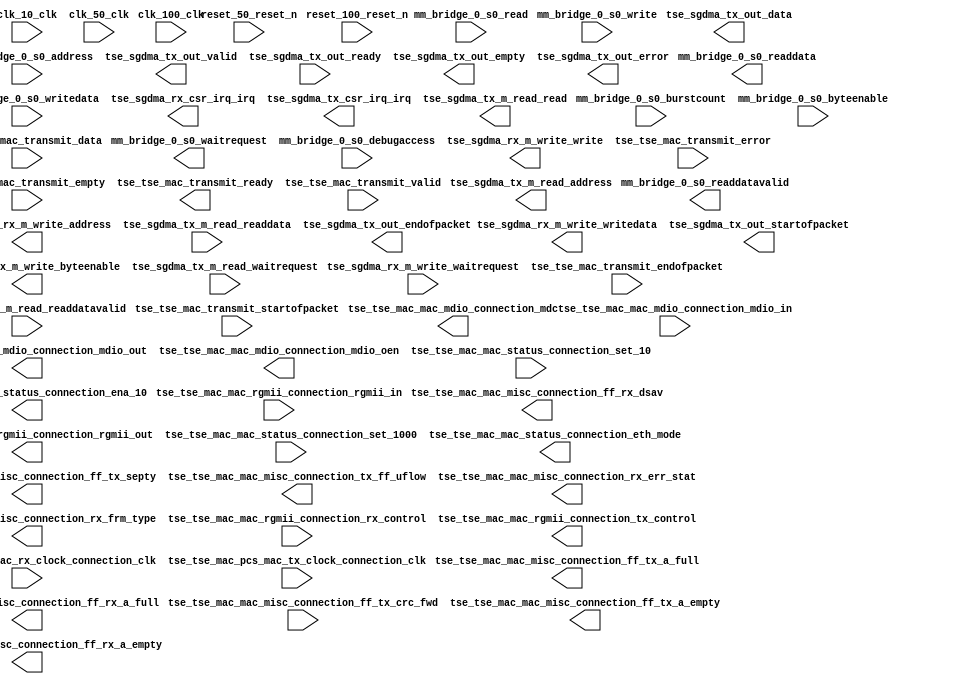

module tse_w_sfp_4ic_small_1g_rgmii (
	clk_10_clk,
	clk_100_clk,
	clk_50_clk,
	mm_bridge_0_s0_waitrequest,
	mm_bridge_0_s0_readdata,
	mm_bridge_0_s0_readdatavalid,
	mm_bridge_0_s0_burstcount,
	mm_bridge_0_s0_writedata,
	mm_bridge_0_s0_address,
	mm_bridge_0_s0_write,
	mm_bridge_0_s0_read,
	mm_bridge_0_s0_byteenable,
	mm_bridge_0_s0_debugaccess,
	reset_100_reset_n,
	reset_50_reset_n,
	tse_sgdma_rx_csr_irq_irq,
	tse_sgdma_rx_m_write_waitrequest,
	tse_sgdma_rx_m_write_address,
	tse_sgdma_rx_m_write_write,
	tse_sgdma_rx_m_write_writedata,
	tse_sgdma_rx_m_write_byteenable,
	tse_sgdma_tx_csr_irq_irq,
	tse_sgdma_tx_m_read_readdata,
	tse_sgdma_tx_m_read_readdatavalid,
	tse_sgdma_tx_m_read_waitrequest,
	tse_sgdma_tx_m_read_address,
	tse_sgdma_tx_m_read_read,
	tse_sgdma_tx_out_data,
	tse_sgdma_tx_out_valid,
	tse_sgdma_tx_out_ready,
	tse_sgdma_tx_out_endofpacket,
	tse_sgdma_tx_out_startofpacket,
	tse_sgdma_tx_out_empty,
	tse_sgdma_tx_out_error,
	tse_tse_mac_mac_mdio_connection_mdc,
	tse_tse_mac_mac_mdio_connection_mdio_in,
	tse_tse_mac_mac_mdio_connection_mdio_out,
	tse_tse_mac_mac_mdio_connection_mdio_oen,
	tse_tse_mac_mac_misc_connection_ff_tx_crc_fwd,
	tse_tse_mac_mac_misc_connection_ff_tx_septy,
	tse_tse_mac_mac_misc_connection_tx_ff_uflow,
	tse_tse_mac_mac_misc_connection_ff_tx_a_full,
	tse_tse_mac_mac_misc_connection_ff_tx_a_empty,
	tse_tse_mac_mac_misc_connection_rx_err_stat,
	tse_tse_mac_mac_misc_connection_rx_frm_type,
	tse_tse_mac_mac_misc_connection_ff_rx_dsav,
	tse_tse_mac_mac_misc_connection_ff_rx_a_full,
	tse_tse_mac_mac_misc_connection_ff_rx_a_empty,
	tse_tse_mac_mac_rgmii_connection_rgmii_in,
	tse_tse_mac_mac_rgmii_connection_rgmii_out,
	tse_tse_mac_mac_rgmii_connection_rx_control,
	tse_tse_mac_mac_rgmii_connection_tx_control,
	tse_tse_mac_mac_status_connection_set_10,
	tse_tse_mac_mac_status_connection_set_1000,
	tse_tse_mac_mac_status_connection_eth_mode,
	tse_tse_mac_mac_status_connection_ena_10,
	tse_tse_mac_pcs_mac_rx_clock_connection_clk,
	tse_tse_mac_pcs_mac_tx_clock_connection_clk,
	tse_tse_mac_transmit_data,
	tse_tse_mac_transmit_endofpacket,
	tse_tse_mac_transmit_error,
	tse_tse_mac_transmit_empty,
	tse_tse_mac_transmit_ready,
	tse_tse_mac_transmit_startofpacket,
	tse_tse_mac_transmit_valid);	

	input		clk_10_clk;
	input		clk_100_clk;
	input		clk_50_clk;
	output		mm_bridge_0_s0_waitrequest;
	output	[31:0]	mm_bridge_0_s0_readdata;
	output		mm_bridge_0_s0_readdatavalid;
	input	[0:0]	mm_bridge_0_s0_burstcount;
	input	[31:0]	mm_bridge_0_s0_writedata;
	input	[18:0]	mm_bridge_0_s0_address;
	input		mm_bridge_0_s0_write;
	input		mm_bridge_0_s0_read;
	input	[3:0]	mm_bridge_0_s0_byteenable;
	input		mm_bridge_0_s0_debugaccess;
	input		reset_100_reset_n;
	input		reset_50_reset_n;
	output		tse_sgdma_rx_csr_irq_irq;
	input		tse_sgdma_rx_m_write_waitrequest;
	output	[31:0]	tse_sgdma_rx_m_write_address;
	output		tse_sgdma_rx_m_write_write;
	output	[31:0]	tse_sgdma_rx_m_write_writedata;
	output	[3:0]	tse_sgdma_rx_m_write_byteenable;
	output		tse_sgdma_tx_csr_irq_irq;
	input	[31:0]	tse_sgdma_tx_m_read_readdata;
	input		tse_sgdma_tx_m_read_readdatavalid;
	input		tse_sgdma_tx_m_read_waitrequest;
	output	[31:0]	tse_sgdma_tx_m_read_address;
	output		tse_sgdma_tx_m_read_read;
	output	[31:0]	tse_sgdma_tx_out_data;
	output		tse_sgdma_tx_out_valid;
	input		tse_sgdma_tx_out_ready;
	output		tse_sgdma_tx_out_endofpacket;
	output		tse_sgdma_tx_out_startofpacket;
	output	[1:0]	tse_sgdma_tx_out_empty;
	output		tse_sgdma_tx_out_error;
	output		tse_tse_mac_mac_mdio_connection_mdc;
	input		tse_tse_mac_mac_mdio_connection_mdio_in;
	output		tse_tse_mac_mac_mdio_connection_mdio_out;
	output		tse_tse_mac_mac_mdio_connection_mdio_oen;
	input		tse_tse_mac_mac_misc_connection_ff_tx_crc_fwd;
	output		tse_tse_mac_mac_misc_connection_ff_tx_septy;
	output		tse_tse_mac_mac_misc_connection_tx_ff_uflow;
	output		tse_tse_mac_mac_misc_connection_ff_tx_a_full;
	output		tse_tse_mac_mac_misc_connection_ff_tx_a_empty;
	output	[17:0]	tse_tse_mac_mac_misc_connection_rx_err_stat;
	output	[3:0]	tse_tse_mac_mac_misc_connection_rx_frm_type;
	output		tse_tse_mac_mac_misc_connection_ff_rx_dsav;
	output		tse_tse_mac_mac_misc_connection_ff_rx_a_full;
	output		tse_tse_mac_mac_misc_connection_ff_rx_a_empty;
	input	[3:0]	tse_tse_mac_mac_rgmii_connection_rgmii_in;
	output	[3:0]	tse_tse_mac_mac_rgmii_connection_rgmii_out;
	input		tse_tse_mac_mac_rgmii_connection_rx_control;
	output		tse_tse_mac_mac_rgmii_connection_tx_control;
	input		tse_tse_mac_mac_status_connection_set_10;
	input		tse_tse_mac_mac_status_connection_set_1000;
	output		tse_tse_mac_mac_status_connection_eth_mode;
	output		tse_tse_mac_mac_status_connection_ena_10;
	input		tse_tse_mac_pcs_mac_rx_clock_connection_clk;
	input		tse_tse_mac_pcs_mac_tx_clock_connection_clk;
	input	[31:0]	tse_tse_mac_transmit_data;
	input		tse_tse_mac_transmit_endofpacket;
	input		tse_tse_mac_transmit_error;
	input	[1:0]	tse_tse_mac_transmit_empty;
	output		tse_tse_mac_transmit_ready;
	input		tse_tse_mac_transmit_startofpacket;
	input		tse_tse_mac_transmit_valid;
endmodule